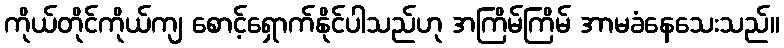
ကိုယ်တိုင်ကိုယ်ကျ စောင့်ရှောက်နိုင်ပါသည်ဟု အကြိမ်ကြိမ် အာမခံနေသေးသည်။